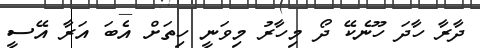
ދާރާ ހާދަ ހޫނެކޭ ދޯ މިހާރު މިވަނީ ހިތަށް އެބަ އަރާ އޭސީ